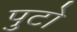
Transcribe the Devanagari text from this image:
पुटो